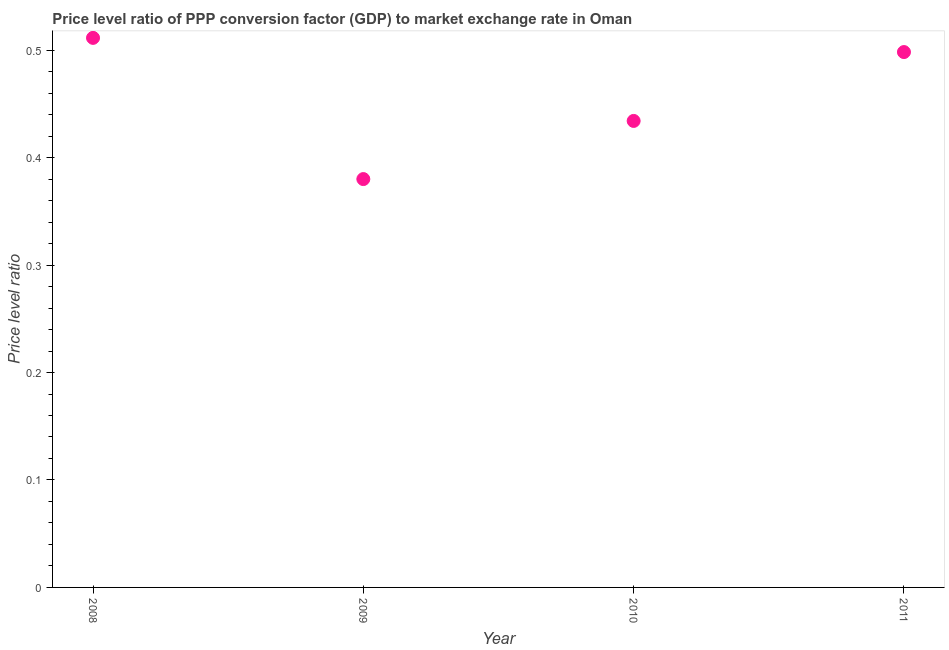
| Year | Price level ratio |
 | --- | --- |
 | 2008 | 0.511 |
 | 2009 | 0.38 |
 | 2010 | 0.434 |
 | 2011 | 0.498 |